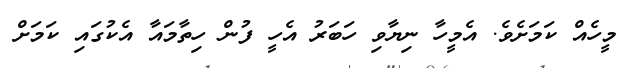
މީހެއް ކަމަށެވެ. އެމީހާ ނިޔާވި ހަބަރު އެހީ ފުން ހިތާމައާ އެކުގައި ކަމަށް